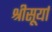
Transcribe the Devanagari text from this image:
श्रीसूर्या